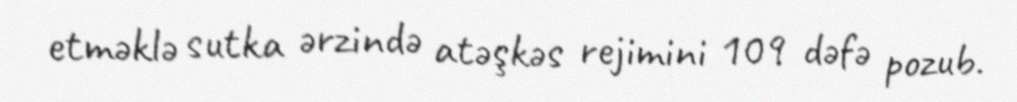
etməklə sutka ərzində atəşkəs rejimini 109 dəfə pozub.